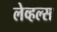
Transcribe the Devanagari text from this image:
लेव्हल्स